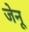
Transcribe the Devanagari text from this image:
जेनू